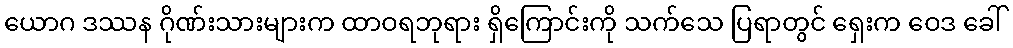
ယောဂ ဒဿန ဂိုဏ်းသားများက ထာဝရဘုရား ရှိကြောင်းကို သက်သေ ပြရာတွင် ရှေးက ဝေဒ ခေါ်